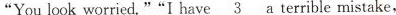
"You look worried.""I have 3 a terrible mistake,